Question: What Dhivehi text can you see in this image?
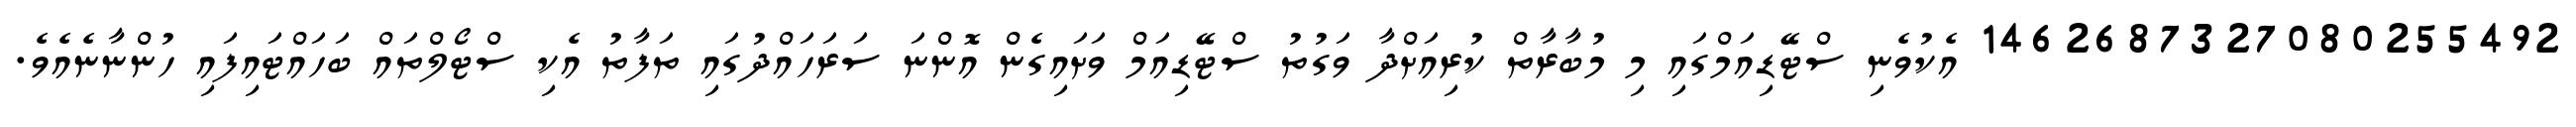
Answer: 1462687327080255492 އެކުވެނި ސްޓޭޑިއަމްގައި މި މުބާރާތް ކުރިއަށްދާ ވަގުތު ސްޓޭޑިއަމް ވަށައިގެން އޮންނަ ސަރަހައްދުގައި ތަފާތު އެކި ސްޓޯލްތައް ބަހައްޓައިފައި ހުންނާނެއެވެ.